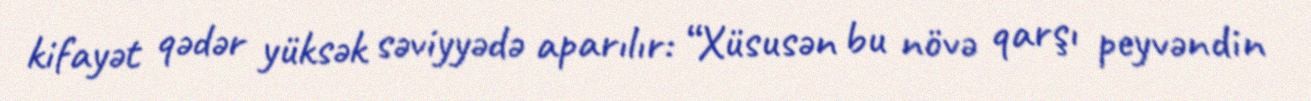
kifayət qədər yüksək səviyyədə aparılır: “Xüsusən bu növə qarşı peyvəndin